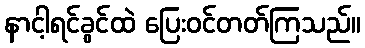
နာငါ့ရင်ခွင်ထဲ ပြေးဝင်တတ်ကြသည်။